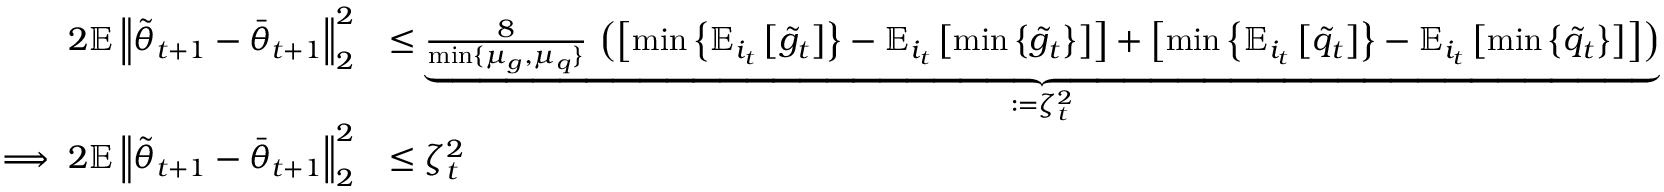
\begin{array} { r l } { 2 \mathbb { E } \left\| \tilde { \theta } _ { t + 1 } - \bar { \theta } _ { t + 1 } \right\| _ { 2 } ^ { 2 } } & { \leq \underbrace { \frac { 8 } { \operatorname* { m i n } \{ \mu _ { g } , \mu _ { q } \} } \, \left( \left[ \operatorname* { m i n } \left\{ \mathbb { E } _ { i _ { t } } \left[ \tilde { g } _ { t } \right] \right\} - \mathbb { E } _ { i _ { t } } \left[ \operatorname* { m i n } \left\{ \tilde { g } _ { t } \right\} \right] \right] + \left[ \operatorname* { m i n } \left\{ \mathbb { E } _ { i _ { t } } \left[ \tilde { q } _ { t } \right] \right\} - \mathbb { E } _ { i _ { t } } \left[ \operatorname* { m i n } \left\{ \tilde { q } _ { t } \right\} \right] \right] \right) } _ { : = \zeta _ { t } ^ { 2 } } } \\ { \implies 2 \mathbb { E } \left\| \tilde { \theta } _ { t + 1 } - \bar { \theta } _ { t + 1 } \right\| _ { 2 } ^ { 2 } } & { \leq \zeta _ { t } ^ { 2 } } \end{array}